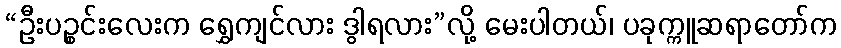
“ဦးပဉ္စင်းလေးက ရွှေကျင်လား ဒွါရလား”လို့ မေးပါတယ်၊ ပခုက္ကူဆရာတော်က